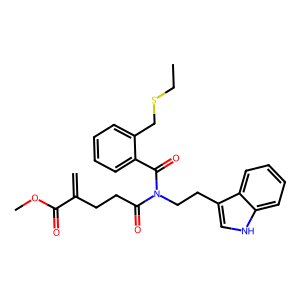
SMILES: C=C(CCC(=O)N(CCc1c[nH]c2ccccc12)C(=O)c1ccccc1CSCC)C(=O)OC
Inhibits HIV replication: No